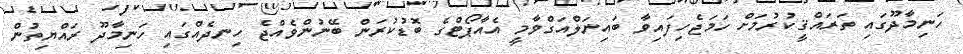
ހަނިމާދޫގައި ތަރައްޤީކުރުމަށް ހަމަޖެހިފައިވާ ބައިނަލްއަގްވާމީ އެއާޕޯޓްގެ ބޮޑުކުރަން ބޭނުންވެއްޖެ ހިނދެއްގައި ހަނިމާދޫ ރައްޔިތުން